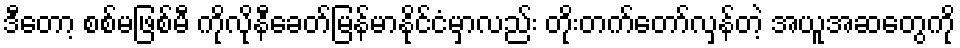
ဒီတော့ စစ်မဖြစ်မီ ကိုလိုနီခေတ်မြန်မာနိုင်ငံမှာလည်း တိုးတက်တော်လှန်တဲ့ အယူအဆတွေကို